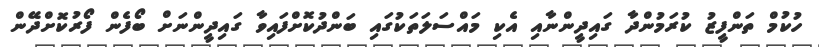
ހުކުމް ތަންފީޒު ކުރަމުންދާ ގައިދީންނާއި އެކި މައްސަަލަތަކުގައި ބަންދުކޮށްފައިވާ ގައިދީންނަށް ބޯފެން ފޯރުކޮށްދޭން